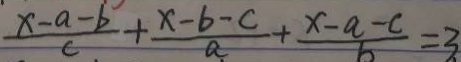
\frac { x - a - b } { c } + \frac { x - b - c } { a } + \frac { x - a - c } { b } = 3 .